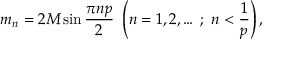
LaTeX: m _ { n } = 2 M \sin \frac { \pi n p } { 2 } ~ \left( n = 1 , 2 , \ldots \, ; ~ n < \frac { 1 } { p } \right) ,